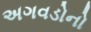
અગવડોનો